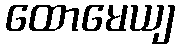
ထောမေယျ